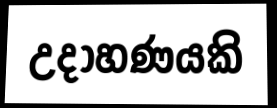
උදාහණයකි